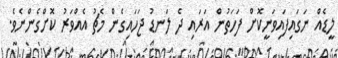
ލީޑެއް ނަގައިފައިވަނީކޮށް ފަހަތުން އަރައި ދެ ލަނޑު ޖަހައިގެން މެޗު އެއްވަރު ކޮށްގެންނެވެ.